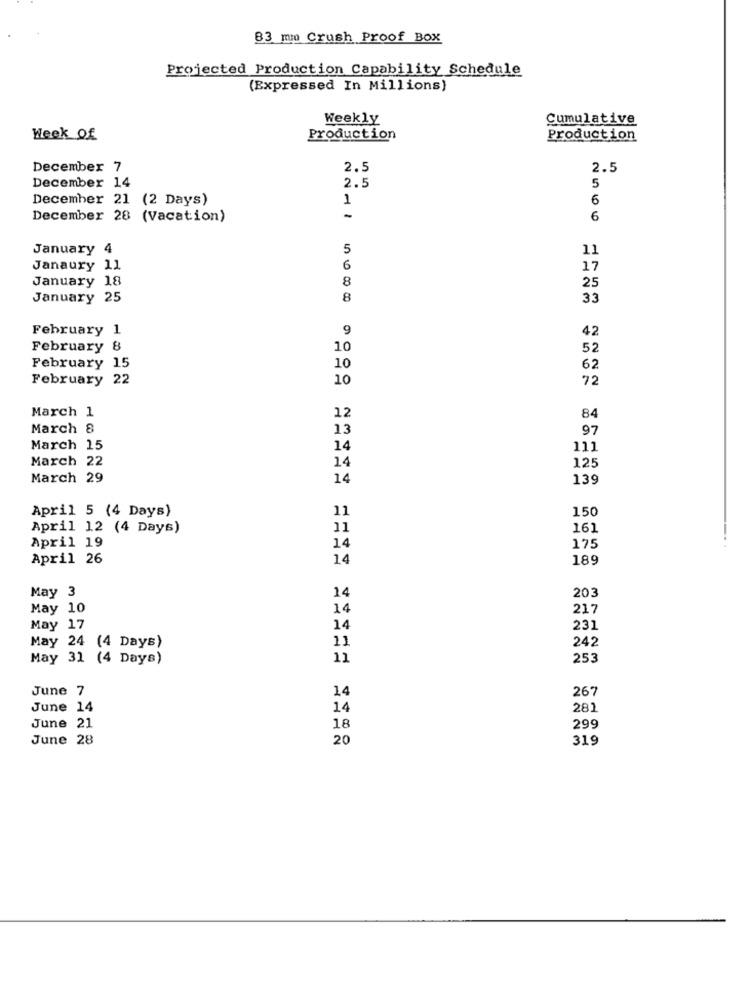
83 mm Crush Proof Box
Projected Production Capability Schedule
(Expressed In Millions)
Weekly
Cumulative
Week Of
Production
Production
December 7
2.5
2.5
December 14
2.5
5
December 21 (2 Days)
1
6
December 28 (Vacation)
6
January 4
5
11
Janaury 11
6
17
January 18
8
25
January 25
8
33
February 1
9
42
February 8
10
52
February 15
10
62
February 22
10
72
March 1
12
84
March 8
13
97
March 15
14
111
March 22
14
125
March 29
14
139
April 5 (4 Days)
11
150
April 12 (4 Days)
11
161
April 19
14
175
April 26
14
189
14
May 3
203
May 10
14
217
May 17
14
231
May 24 (4 Days)
11
242
May 31 (4 Days)
11
253
June 7
14
267
June 14
14
281
June 21
18
299
June 28
20
319